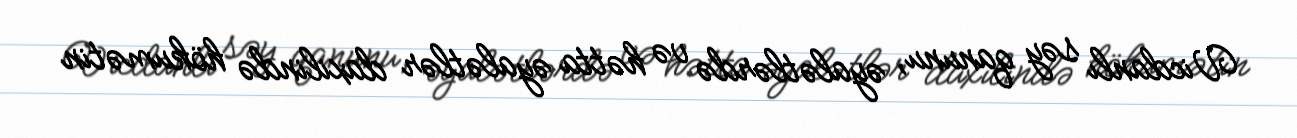
Vicdanlı səy qanunu, əyalətlərdə və hətta əyalətlər daxilində hökumətin